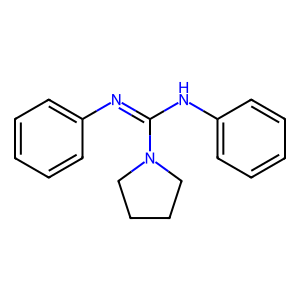
SMILES: c1ccc(N=C(Nc2ccccc2)N2CCCC2)cc1
Inhibits HIV replication: No